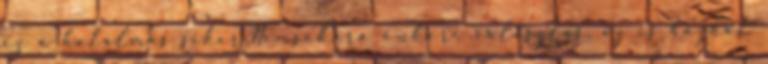
ez a hatalmas siker.Nemsokára önkori választás, az is hozhat